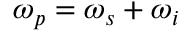
\omega _ { p } = \omega _ { s } + \omega _ { i }